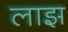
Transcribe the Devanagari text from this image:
लाझ